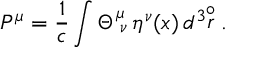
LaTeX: P ^ { \mu } = \frac { 1 } { c } \int \Theta _ { \; \nu } ^ { \mu } \, \eta ^ { \nu } ( x ) \, d ^ { 3 } \! \! \stackrel { \circ } { r } .